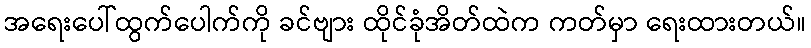
အရေးပေါ်ထွက်ပေါက်ကို ခင်ဗျား ထိုင်ခုံအိတ်ထဲက ကတ်မှာ ရေးထားတယ်။